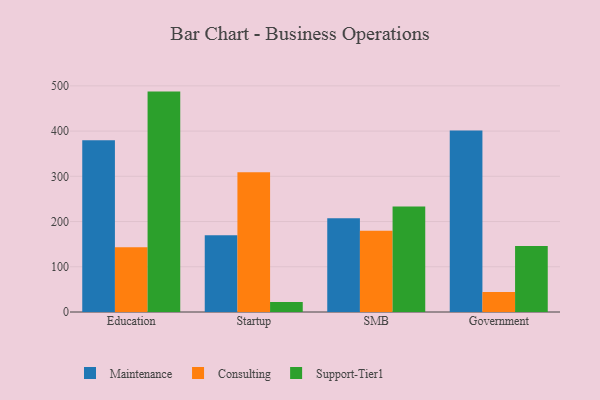
{"axis": {"x": "Segment", "y": "Latency (ms)"}, "legend": ["Consulting", "Maintenance", "Support-Tier1"], "data": [{"x": "Education", "y": 379.7, "type": "Maintenance"}, {"x": "Education", "y": 143.1, "type": "Consulting"}, {"x": "Education", "y": 487.3, "type": "Support-Tier1"}, {"x": "Startup", "y": 169.8, "type": "Maintenance"}, {"x": "Startup", "y": 309.1, "type": "Consulting"}, {"x": "Startup", "y": 21.9, "type": "Support-Tier1"}, {"x": "SMB", "y": 207.3, "type": "Maintenance"}, {"x": "SMB", "y": 179.5, "type": "Consulting"}, {"x": "SMB", "y": 233.5, "type": "Support-Tier1"}, {"x": "Government", "y": 401.2, "type": "Maintenance"}, {"x": "Government", "y": 44.3, "type": "Consulting"}, {"x": "Government", "y": 145.8, "type": "Support-Tier1"}]}